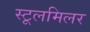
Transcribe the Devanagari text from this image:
स्टूलमिलर